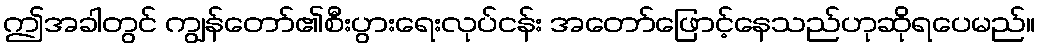
ဤအခါတွင် ကျွန်တော်၏စီးပွားရေးလုပ်ငန်း အတော်ဖြောင့်နေသည်ဟုဆိုရပေမည်။